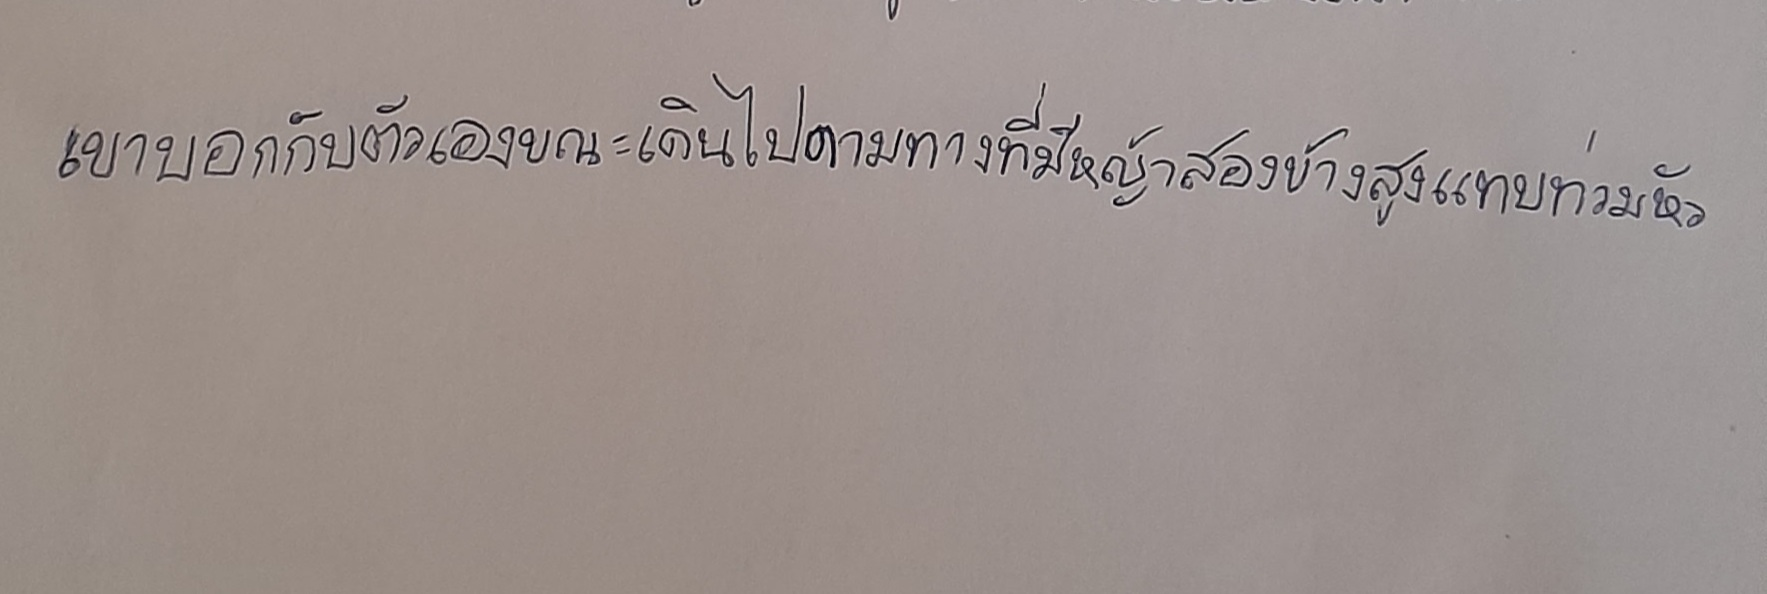
เขาบอกกับตัวเองขณะเดินไปตามทางที่มีหญ้าสองข้างสูงแทบท่วมหัว